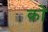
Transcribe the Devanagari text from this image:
कोे